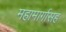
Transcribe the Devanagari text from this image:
महामार्गासह